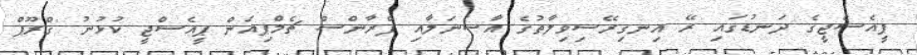
ޕީއެސްޖީގެ ދަނޑުގައި ރޭ އިނގިރޭސިވިލާތުގެ އާސެނަލާއި ފްރާންސް ޗެމްޕިއަން ޕީއެސްޖީ ކުޅުނު 'ގްރޫޕް